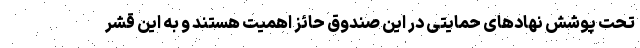
تحت پوشش نهادهای حمایتی در این صندوق حائز اهمیت هستند و به این قشر